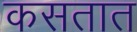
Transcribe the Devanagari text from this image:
कसतात